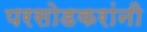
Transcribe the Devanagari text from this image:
परसोडकरांनी